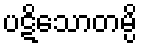
ပဋိသောတမ္ပိ